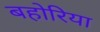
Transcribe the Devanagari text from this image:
बहोरिया